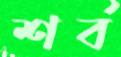
শর্ব